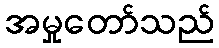
အမှုတော်သည်